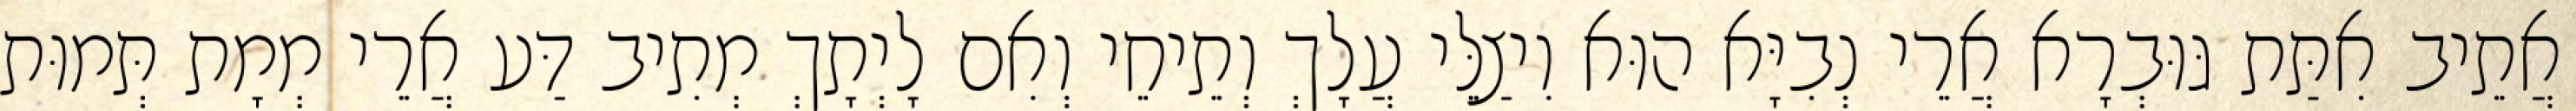
אֲתֵיב אִתַּת גּוּבְרָא אֲרֵי נְבִיָּא הוּא וִיצַלֵּי עֲלָךְ וְתֵיחֵי וְאִם לָיְתָךְ מְתִיב דַּע אֲרֵי מְמָת תְּמוּת